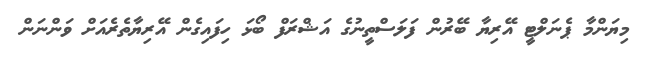
މިޔަންމާ ޕެނަލްޓީ އޭރިޔާ ބޭރުން ފަލަސްތީނުގެ އަޝްރަފް ބޯޅަ ހިފައިގެން އޭރިޔާތެރެއަށް ވަންނަން